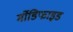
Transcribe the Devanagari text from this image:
र्मोडिफाइड